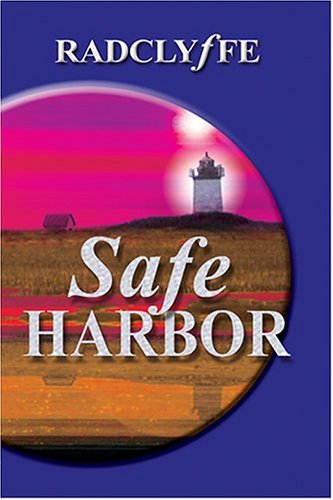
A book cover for Safe Harbor; Radclyffe; Romance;